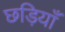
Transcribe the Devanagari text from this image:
छड़ियाँ